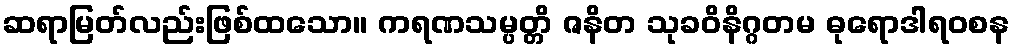
ဆရာမြတ်လည်းဖြစ်ထသော။ ကရဏသမ္ပတ္တိ ဇနိတ သုခဝိနိဂ္ဂတမ ဓုရောဒါရဝစန